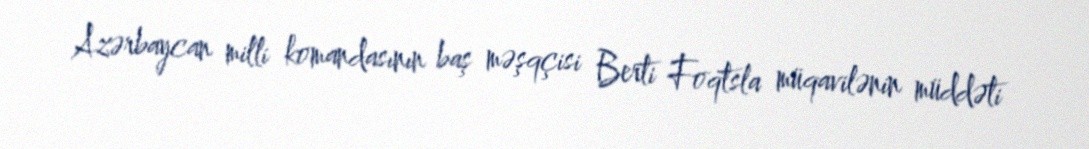
Azərbaycan milli komandasının baş məşqçisi Berti Foqtsla müqavilənin müddəti